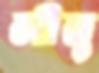
লীনু